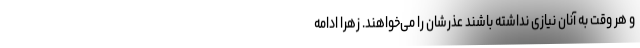
و هر وقت به آنان نیازی نداشته باشند عذرشان را می‌خواهند. زهرا ادامه